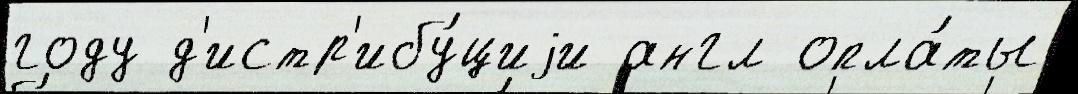
году д'истр'ибу́циjи англ опла́ты